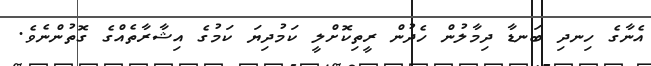
އެނާގެ ހިނދި ބަނޑާ ދިމާލުން ހެދުން ރީތިކޮށްލީ ކަމުދިޔަ ކަމުގެ އިޝާރާތެއްގެ ގޮތުންނެވެ.